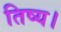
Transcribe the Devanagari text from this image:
तिष्य।